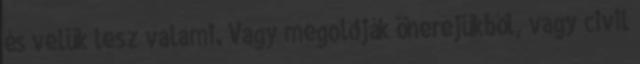
és velük lesz valami. Vagy megoldják önerejükből, vagy civil